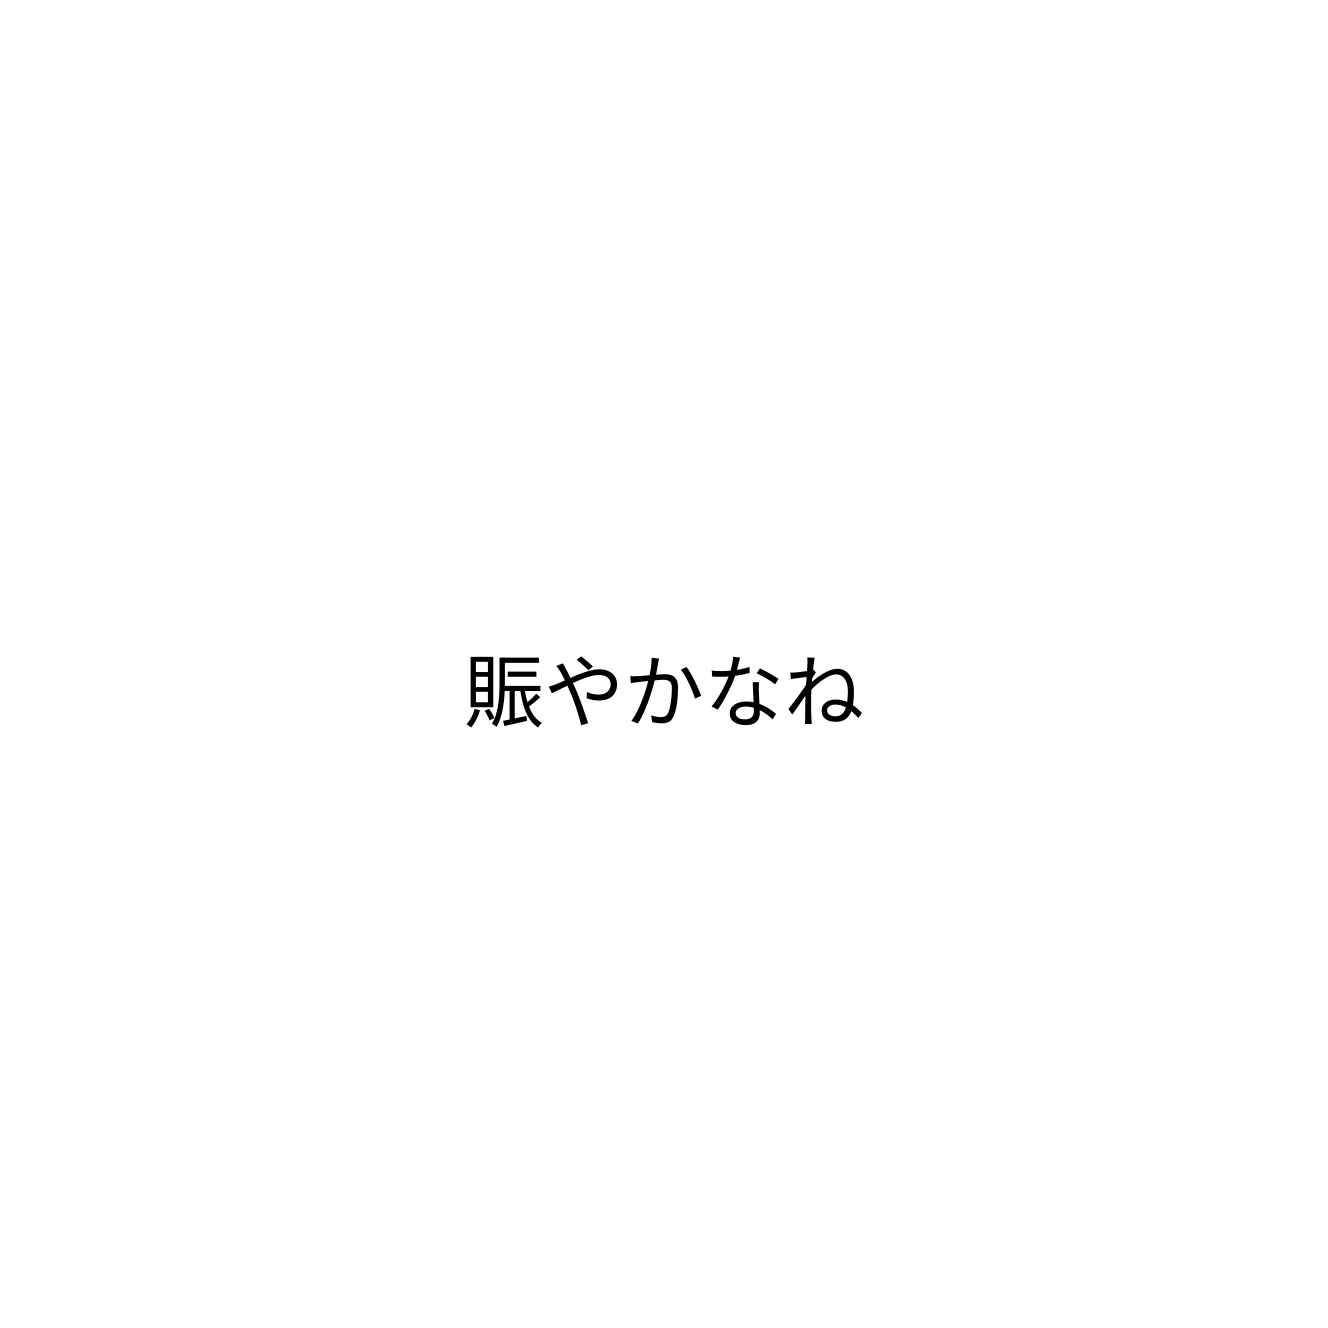
賑やかなね